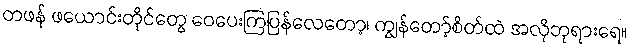
တဖန် ဖယောင်းတိုင်တွေ ဝေပေးကြပြန်လေတော့၊ ကျွန်တော့်စိတ်ထဲ အလိုဘုရားရေ။